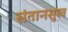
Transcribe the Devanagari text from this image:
संतानसुख